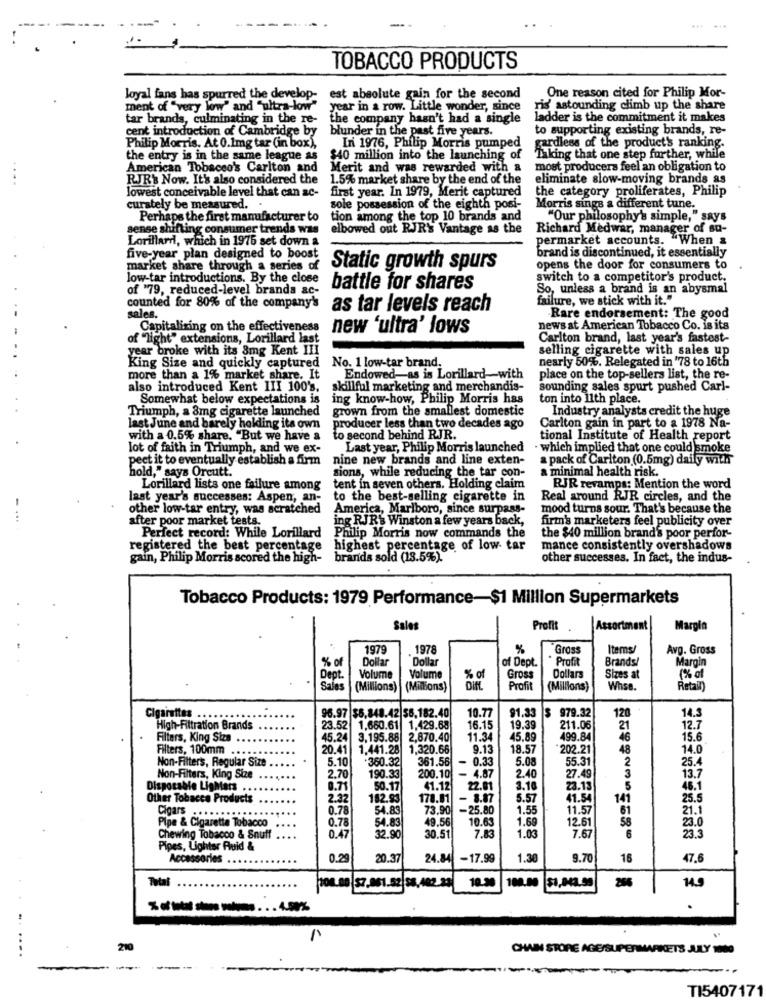
... ...
TOBACCO PRODUCTS
One reason cited for Philip Mor-
loyal fans has spurred the develop-
est absolute gain for the second
ment of "very low" and "ultra-low"
year in a row. Little wonder, since
ris' astounding climb up the share
tar brands, culminating in the re-
the company hasn't had a single
ladder is the commitment it makes
cent introduction of Cambridge by
blunder in the past five years.
to supporting existing brands, re-
Philip Morris. At 0.1mg tar (in box),
In 1976, Philip Morris pumped
gardless of the product's ranking.
the entry is in the same league as
$40 million into the launching of
Taking that one step further, while
American Tobacco's Carlton and
Merit and was rewarded with a
most producers feel an obligation to
RJR's Now. It's also considered the
1.5% market share by the end of the
eliminate slow-moving brands as
lowest conceivable level that can ac-
first year. In 1979, Merit captured
the category proliferates, Philip
curstely be measured. .
sole possession of the eighth posi-
Morris sings a different tune.
Perhaps the first manufacturer to
tion among the top 10 brands and
"Our philosophy's simple," says
sense shifting consumer trends was
elbowed out RJR's Vantage as the
Richard Medwar, manager of su-
Lorillard, which in 1976 set down a
permarket accounts. "When &
five-year plan designed to boost
brand is discontinued, it essentially
market share through a series of
Static growth spurs
opens the door for consumers to
low-tar introductions. By the close
switch to a competitor's product.
of '79, reduced-level brands ac-
battle for shares
So, unless a brand is an abysmal
failure, we stick with it."
counted for 80% of the company's
sales.
as tar levels reach
-Rare endorsement: The good
Capitalizing on the effectiveness
new 'ultra' lows
news at American Tobacco Co. is its
of "light" extensions, Lorillard last
Carlton brand, last year's fastest-
year broke with its 8mg Kent III
selling cigarette with sales up
No. 1 low-tar brand.
nearly 50%. Relegated in '78 to 16th
King Size and quickly captured
more than a 1% market share. It
Endowed-as is Lorillard-with
place on the top-sellers list, the re-
also introduced Kent III 100's.
skillful marketing and merchandis-
sounding sales spurt pushed Carl-
Somewhat below expectations is
ing know-how, Philip Morris has
ton into 11th place.
Triumph, a 8mg cigarette launched
grown from the smallest domestic
Industry analysts credit the huge
Carlton gain in part to a 1978 Na-
last June and barely holding its own
producer less than two decades ago
with a 0.5% share. "But we have a
to second behind RJR.
tional Institute of Health report
lot of faith in Triumph, and we ex-
Last year, Philip Morris launched
- which implied that one could smoke
pect it to eventually establish a firm
nine new brands and line exten-
a pack of Carlton (0.5mg) daily with
hold," says Orcutt.
sions, while reducing the tar con-
a minimal health risk.
Lorillard lists one failure among tent in seven others. Holding claim
RJR revamps: Mention the word
last year's successes: Aspen, an- to the best-selling cigarette in
Real around RJR circles, and the
other low-tar entry, was scratched
America, Marlboro, since surpass-
mood turns sour. That's because the
after poor market tests.
ing RJR' Winston a few years back,
firm's marketers feel publicity over
Philip Morris now commands the
Perfect record: While Lorillard
the $40 million brand's poor perfor-
registered the best percentage
highest percentage of low tar
mance consistently overshadows
gain, Philip Morris scored the high-
brands sold (13.5%).
other successes. In fact, the indus-
Tobacco Products: 1979 Performance-$1 Million Supermarkets
Sales
Profit
Assortment
Marpin
1979
1978
%
Gross
Items/
Avg. Gross
Dollar
Dollar
of Dept.
* Profit
Margin
% o
Brands!
Dept.
Volume
Volume
Gross
Dollars
Sizes at
1% of
(Millions) (Millions)
Profit
(Millions)
Whose.
Retail)
$ 979.32
14.3
Cigarettes
96.97 $8,848.42|$6.182.40
10.77
91.33
120
High-Filtration Brands
23.52 1,660.61 1,429.68
16.15
19.39
211.06
21
12.7
Filters, King Size
45.24 3,195.88 2,870.40
11.3
45.89
499.84
46
15.6
Filters, 100mm
20.41
1.441.28 1,320.66
9.13
18.57
202.21
48
14.0
Non-Filters, Regular Size
5.10
.360.32
361.56
- 0.33
5.08
55.31
2
25.4
3
Non-Filters, King Size
2.70
190.33
200.10
- 4.87
2.40
27.49
13.7
Disposable Lightars ..
0.71
50.17
41.12
22.01
3.16
23.13
5
48.1
Other Tobacco Products
2.32
182.93
178.81
- 3.87
5.57
41.54
141
25.5
Cigars
0.78
54.83
73.90
-25.80
1.55
11.57
61
21.1
0.78
49.56
10.63
1.69
12.61
58
23.0
Pipe & Cigarette Tobacco
54.83
1.03
23.3
Chewing Tobacco & Snuff
0.47
32.90
30.51
7.83
7.6
6
Pipes, Lighter Auid &
Accessories .
0.29
20.37
24.84
-17.99
1.30
9.70
16
47.6
$1,043.99
256
14.9
-----... 492%
210
CHAIN STORE AGE/SUPERMARKETS JULY 1000
--
-
TI5407171